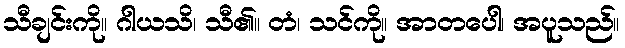
သီချင်းကို။ ဂါယသိ၊ သီ၏။ တံ၊ သင်ကို။ အာတပေါ၊ အပူသည်။